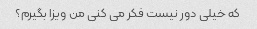
که خیلی دور نیست فکر می کنی من ویزا بگیرم؟